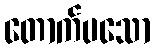
တောက်ပသော